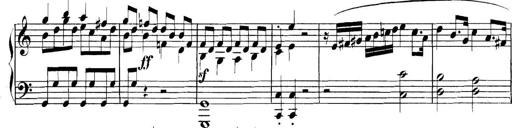
Title: Collected Piano Sonatas
Composer: Muzio Clementi